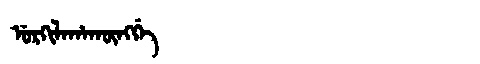
Manchu: ᡠᡵᡴᡳᠯᠠᡥᠠᡴᡡᠩᡤᡝ
Romanization: URKILAHAKŪNGGE